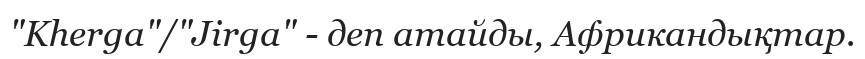
"Kherga"/"Jirga" - деп атайды, Африкандықтар.